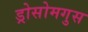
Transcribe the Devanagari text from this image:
ड्रोसोमगुस